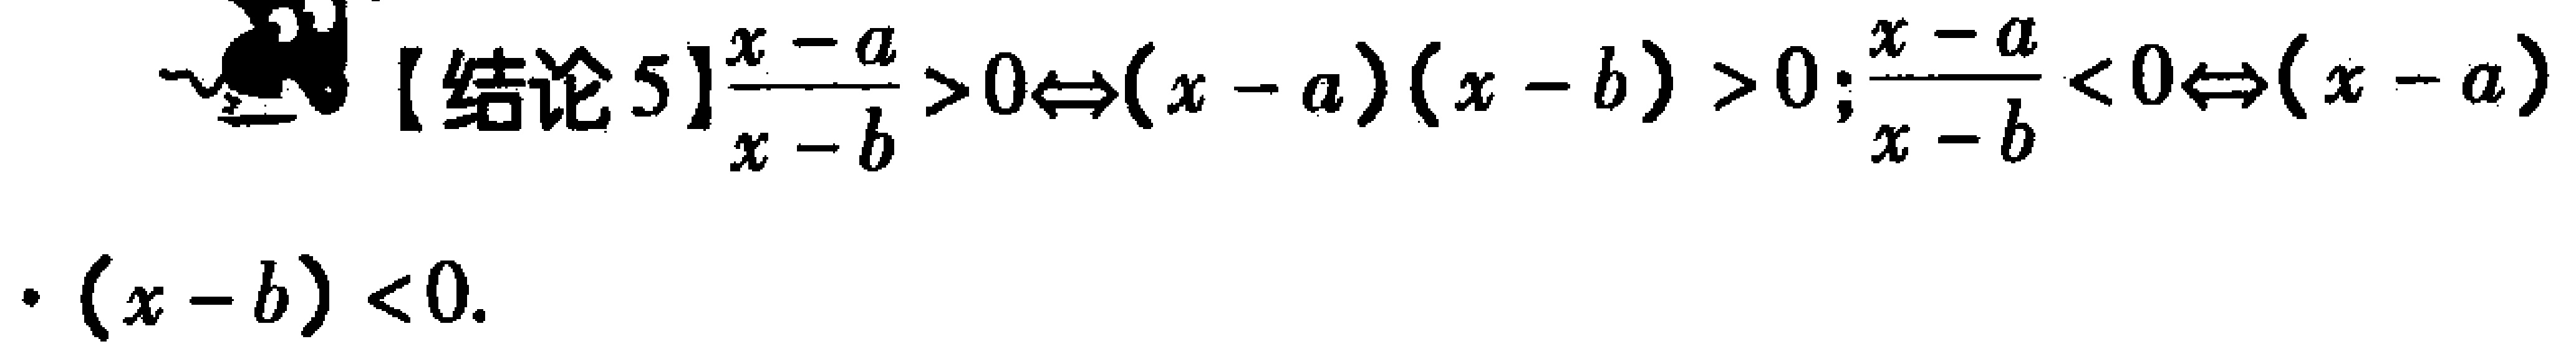
【结论5】$\frac{x - a}{x - b} > 0\Leftrightarrow(x - a)(x - b) > 0$; $\frac{x - a}{x - b} < 0\Leftrightarrow(x - a)\cdot(x - b) < 0$.